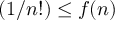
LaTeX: ( 1 / n ! ) \leq f ( n )